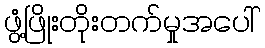
ဖွံ့ဖြိုးတိုးတက်မှုအပေါ်